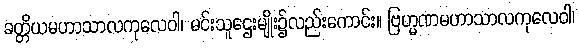
ခတ္တိယမဟာသာလကုလေဝါ၊ မင်းသူဌေးမျိုး၌လည်းကောင်း။ ဗြဟ္မဏမဟာသာလကုလေဝါ၊